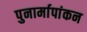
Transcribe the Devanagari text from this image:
पुनार्मापांकन